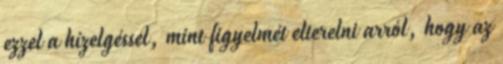
ezzel a hízelgéssel, mint figyelmét elterelni arról, hogy az